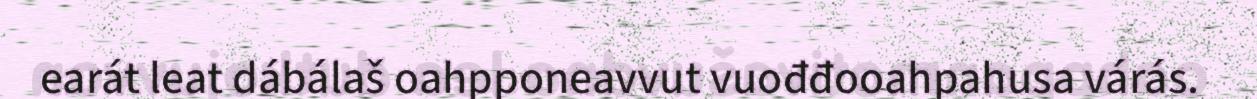
earát leat dábálaš oahpponeavvut vuođđooahpahusa várás.